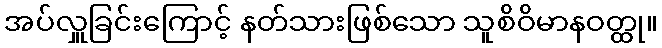
အပ်လှူခြင်းကြောင့် နတ်သားဖြစ်သော သူစိဝိမာနဝတ္ထု။